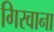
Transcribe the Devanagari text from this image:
गिरवाना